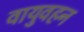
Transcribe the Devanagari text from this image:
वायुवहन